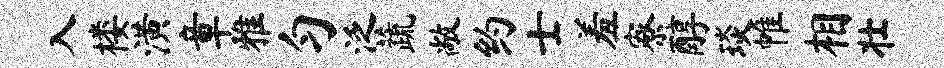
入楼潢章雅匀泛蔬敞约士羞寮醇琰帷相壮